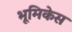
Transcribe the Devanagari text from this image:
भूमिकेस